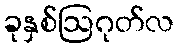
ခုနှစ်ဩဂုတ်လ